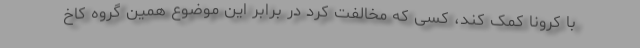
با کرونا کمک کند، کسی که مخالفت کرد در برابر این موضوع همین گروه کاخ